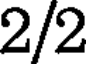
2/2